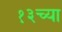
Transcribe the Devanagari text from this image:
१३च्या